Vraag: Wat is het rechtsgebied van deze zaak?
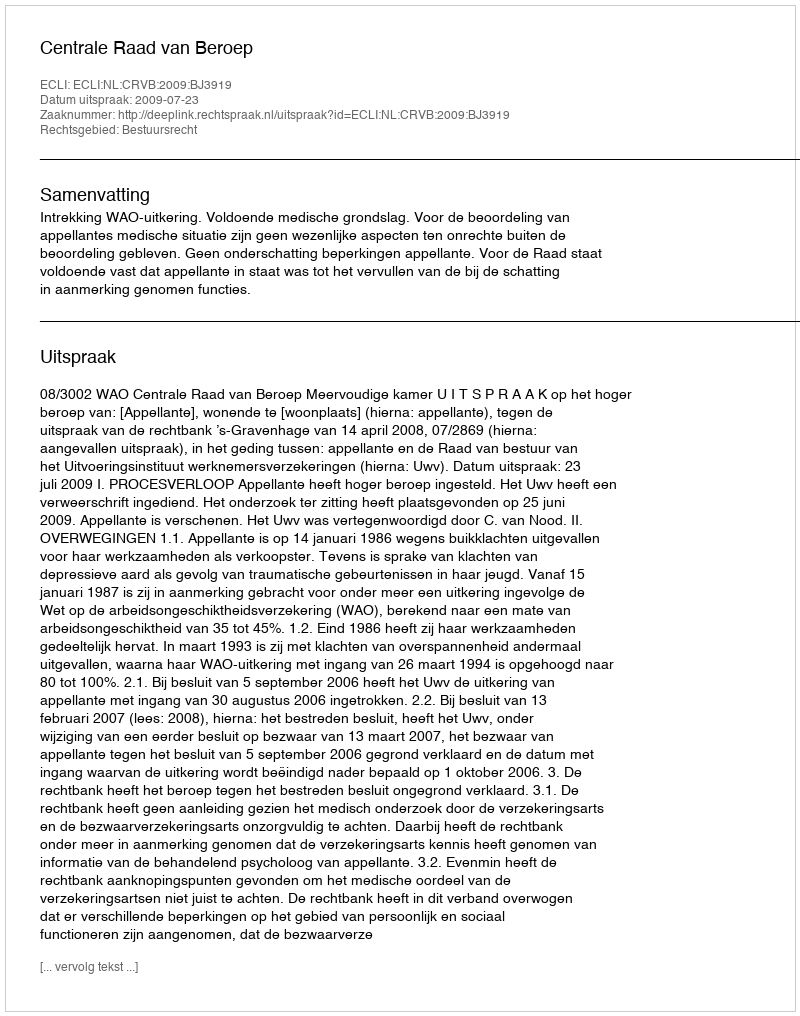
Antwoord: Bestuursrecht